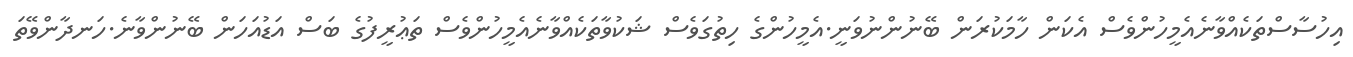
އިހުސާސްތަކެއްވާނެއެމީހުންވެސް އެކަން ހާމަކުރަން ބޭނުންނުވަނީ.އެމީހުންގެ ހިތުގަވެސް ޝަކުވާތަކެއްވާނެއެމީހުންވެސް ތަޢުރީފުގެ ބަސް އަޑުއަހަން ބޭނުންވާނެ.ހަނދާންވޭތަ